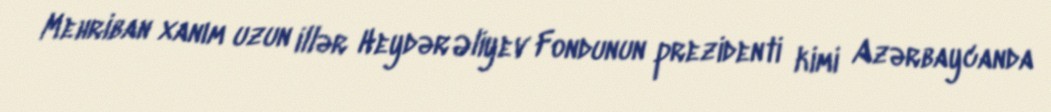
Mehriban xanım uzun illər Heydər Əliyev Fondunun prezidenti kimi Azərbaycanda